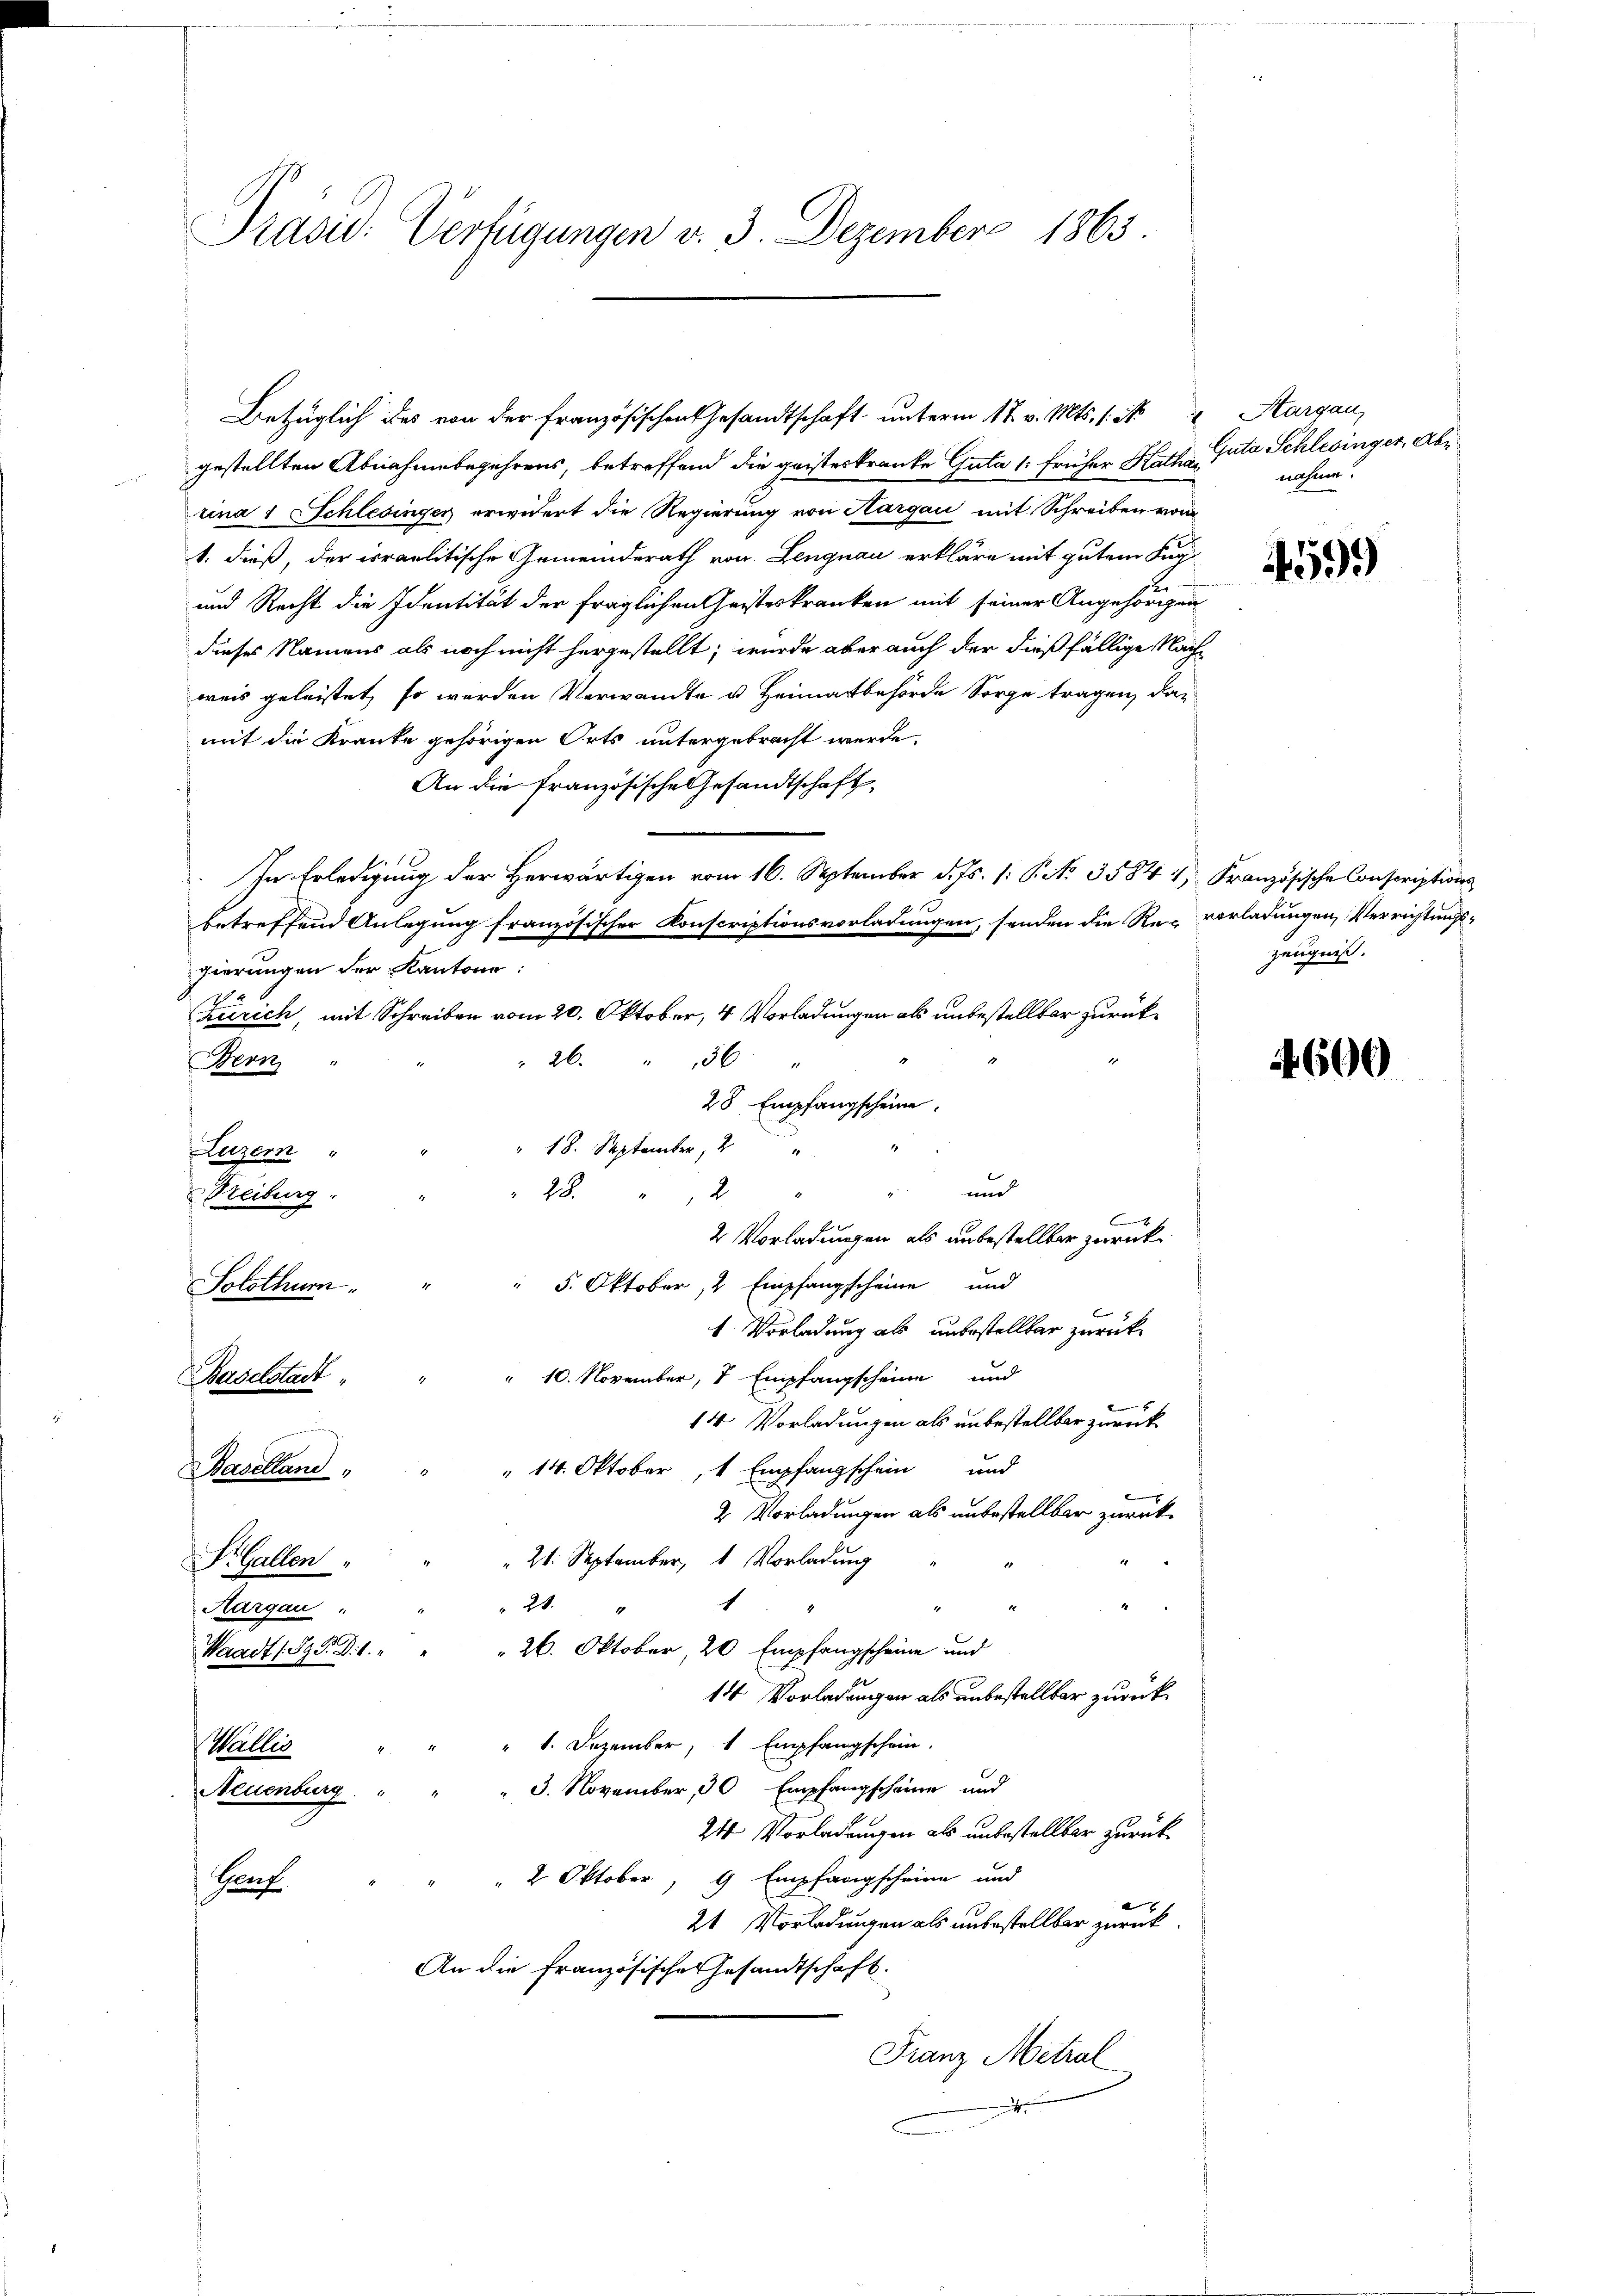
Präsid. Verfügungen v. 3. Dezember 1863.

gestellten Abnahmebegehrens, betreffend die geisteskranke Guta /: früher Kathar
rina 1 Schlesinger erwidert die Regierung von Hargau mit Schreiben vom
1. dieß, der israelitische Gemeinderath von Lengnau erkläre mit gutem Fug¬
und Recht die Identität der fraglichen Geisteskranken mit seiner Angehörigen
dieses Namens als noch nicht hergestellt; wurde aber auch der dießfällige Nachweis geleistet, so werden Verwandte u. Heimatbehörde Sorge tragen, das
mit die Kranke gehörigen Orts untergebracht werde.
An die Französische Gesandtschaft,
In Erledigung der Herwärtigen vom 16. September d. Js. 1: P. No 3584 4, Französische Conscriptionsbetreffend Anlegung französischer Konscriptionsvorladungen, sonden die Re-vorladungen Verrichtungs-
gierungen der Kantone:
Zürich, mit Schreiben vom 20. Oktober, 4 Vorladungen als unbestellbar zurück¬
" 26. " 36 "
Bern
28 Empfangscheine
" 18. September, 2
Eigen
" und
23
2
Freiburg " "
|
2 Vorladungen als unbestellter zurück¬
Solothur " " " 5. Oktober, 2 Empfangscheine und
1 Vorladung als unbestellter zurück-
Baselstadt " " " 10. November, 7 Empfangscheine und
t
14 Vorladungen als unbestellbar zurück¬
Baselland " " " 14. Oktober, 1 Empfangschein und
2 Vorladungen als unbestellbar zurück¬
21. September, 1 Vorladung
Si. Gallen
1
21.
t
Aargau "
Waadt (S. d. 1. " " " 26. Oktober, 20 Empfangscheine und
14 Vorladungen als unbestellter zurück¬
" 1. Dezember, 1 Empfangschein.
Wallis
 3. November, 30 Empfangscheine und
Neuenburg "
24 Vorladungen als unbestellter zurück¬
Genf " " " 2 Oktober, 9 Empfangscheine und
21 Vorladungen als unbestellbar zurück
An die Französische Gesandtschaft.
Franz Metral
e

Bezüglich des von der französischen Gesandtschaft unterm 18. v. Mts. 1. No 4 Aargau,

1

Guta Schlesinger, Abe
nahme.

4599

Zeugniß.

600